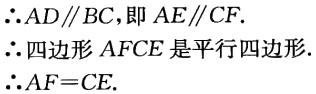
\(\therefore AD\parallel BC\)，即 \(AE\parallel CF\).
\(\therefore\)四边形 \(AFCE\) 是平行四边形.
\(\therefore AF = CE\).